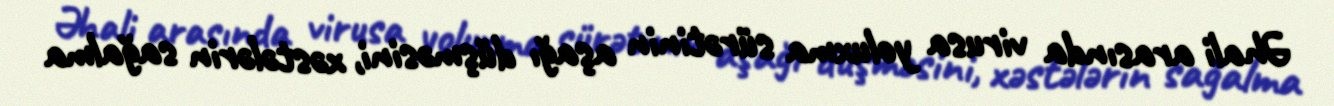
Əhali arasında virusa yoluxma sürətinin aşağı düşməsini, xəstələrin sağalma